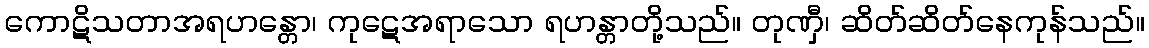
ကောဋိသတာအရဟန္တော၊ ကုဋေအရာသော ရဟန္တာတို့သည်။ တုဏှီ၊ ဆိတ်ဆိတ်နေကုန်သည်။